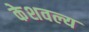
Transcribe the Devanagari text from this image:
केशवल्य